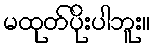
မထုတ်ပိုးပါဘူး။